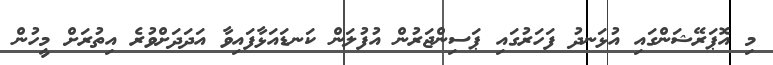
މި އޮޕަރޭޝަންގައި އުޅަނދު ފަހަރުގައި ޕަސިންޖަރުން އުފުލަން ކަނޑައަޅާފައިވާ އަދަދަށްވުރެ އިތުރަށް މީހުން